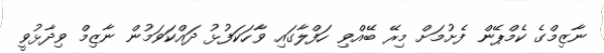
ނާޒިމްގެ ކެމްޕޭން ފެށުމަށް މިރޭ ބޭއްވި ހަފްލާގައި ވާހަކަފުޅު ދައްކަވަމުން ނާޒިމް ވިދާޅުވީ